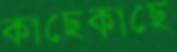
কাছেকাছে